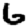
Digit: 6